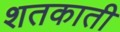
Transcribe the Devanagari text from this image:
शतकाती